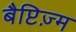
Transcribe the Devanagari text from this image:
बैप्टिज़्म